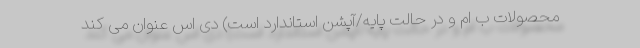
محصولات ب ام و در حالت پایه/آپشن استاندارد است) دی اس عنوان می کند